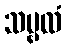
သမ္ဗလံ